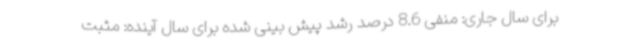
برای سال جاری: منفی 8.6 درصد رشد پیش بینی شده برای سال آینده: مثبت